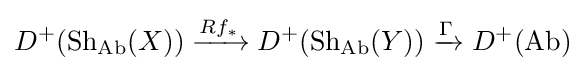
D^{+}({\text{Sh}}_{\text{Ab}}(X))\xrightarrow {Rf_{*}} D^{+}({\text{Sh}}_{\text{Ab}}(Y))\xrightarrow {\Gamma } D^{+}({\text{Ab}})